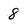
Character: 8